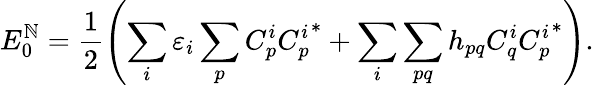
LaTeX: E_{0}^{\mathbb{N}}=\frac{{1}}{{2}}\left(\sum_{i}\varepsilon_{i}\sum_{p}C_{p}^{i}{C_{p}^{i}}^{*}+\sum_{i}\sum_{pq}h_{pq}C_{q}^{i}{C_{p}^{i}}^{*}\right).